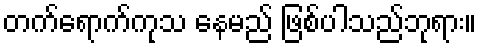
တက်ရောက်ကုသ နေမည် ဖြစ်ပါသည်ဘုရား။